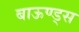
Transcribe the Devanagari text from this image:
बाऊण्ड्स